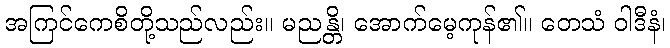
အကြင်ကေစိတို့သည်လည်း။ မညန္တိ၊ အောက်မေ့ကုန်၏။ တေသံ ဝါဒီနံ၊